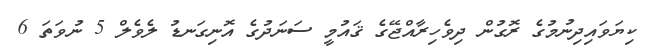
ކިޔަވައިދިނުމުގެ ރޮގުން ދިވެހިރާއްޖޭގެ ޤައުމީ ސަނަދުގެ އޮނިގަނޑު ލެވެލް 5 ނުވަތަ 6